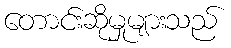
တောင်းဆိုမှုများသည်